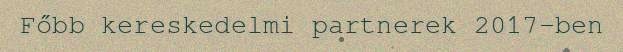
Főbb kereskedelmi partnerek 2017-ben